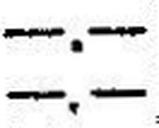
—.—